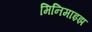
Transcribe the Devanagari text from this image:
मिनिमाइझ